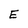
Character: E